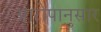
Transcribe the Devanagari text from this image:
आरोपानुसार